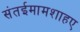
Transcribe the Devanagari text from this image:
संतईमामशाहए